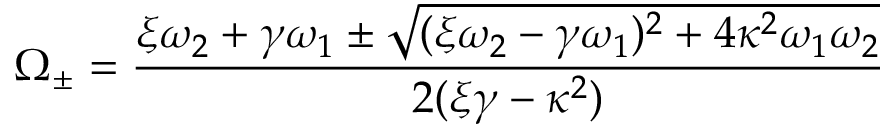
\Omega _ { \pm } = \frac { \xi \omega _ { 2 } + \gamma \omega _ { 1 } \pm \sqrt { ( \xi \omega _ { 2 } - \gamma \omega _ { 1 } ) ^ { 2 } + 4 \kappa ^ { 2 } \omega _ { 1 } \omega _ { 2 } } } { 2 ( \xi \gamma - \kappa ^ { 2 } ) }